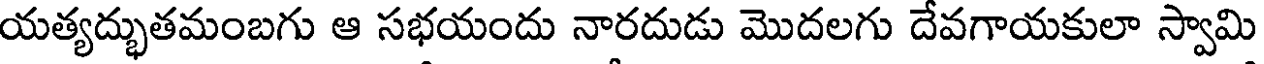
యత్యద్భుతమంబగు ఆ సభయందు నారదుడు మొదలగు దేవగాయకులా స్వామి